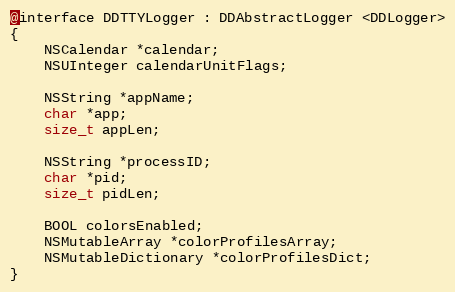
Language: C
@interface DDTTYLogger : DDAbstractLogger <DDLogger>
{
    NSCalendar *calendar;
    NSUInteger calendarUnitFlags;

    NSString *appName;
    char *app;
    size_t appLen;

    NSString *processID;
    char *pid;
    size_t pidLen;

    BOOL colorsEnabled;
    NSMutableArray *colorProfilesArray;
    NSMutableDictionary *colorProfilesDict;
}